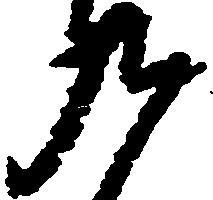
九